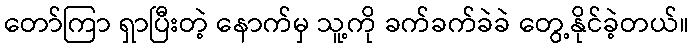
တော်ကြာ ရှာပြီးတဲ့ နောက်မှ သူ့ကို ခက်ခက်ခဲခဲ တွေ့နိုင်ခဲ့တယ်။